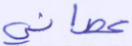
عصاني